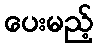
ပေးမည့်